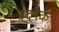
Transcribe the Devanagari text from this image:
प्रदुषक